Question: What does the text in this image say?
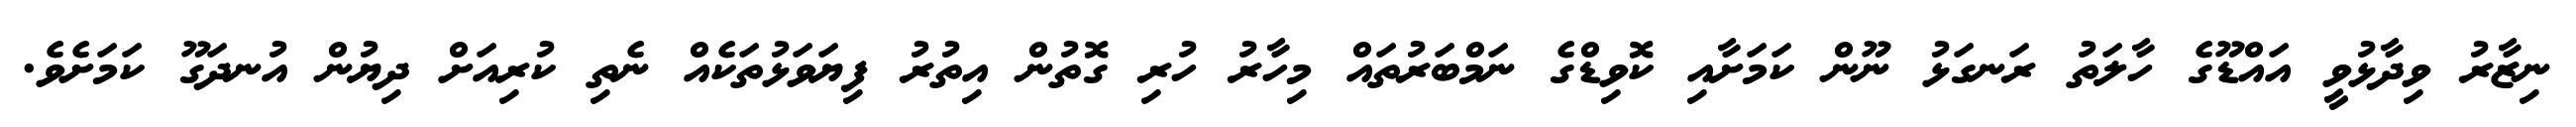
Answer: ނިޒާރު ވިދާޅުވީ އައްޑޫގެ ހާލަތު ރަނގަޅު ނޫން ކަމަށާއި ކޮވިޑްގެ ނަމްބަރުތައް މިހާރު ހުރި ގޮތުން އިތުރު ފިޔަވަޅުތަކެއް ނެތި ކުރިއަށް ދިޔުން އުނދަގޫ ކަމަށެވެ.